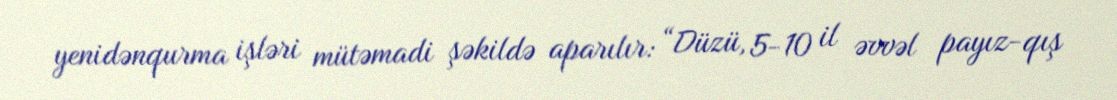
yenidənqurma işləri mütəmadi şəkildə aparılır: “Düzü, 5-10 il əvvəl payız-qış